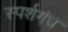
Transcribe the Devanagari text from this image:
स्पर्शगंध